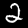
Digit: 2